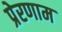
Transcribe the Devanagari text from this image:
प्रेरणाम